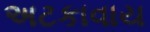
અટકાવાય